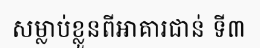
សម្លាប់ខ្លួនពីអាគារជាន់ ទី៣